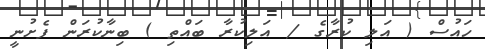
ހައުސް ( އަލި ކުރާގެ / އަލިކުރާ ބައްތި ) ބިނާކުރަން ފެށުނީ